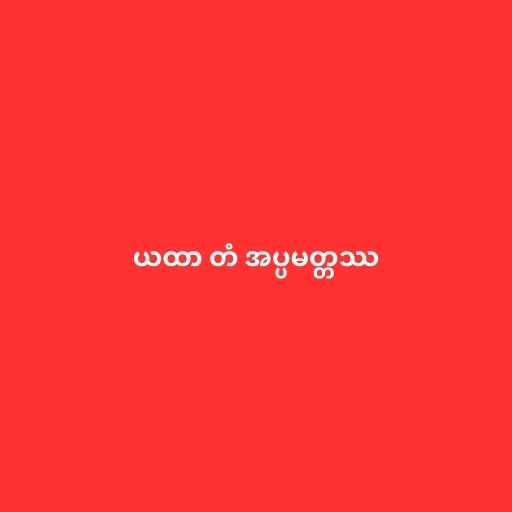
ယထာ တံ အပ္ပမတ္တဿ